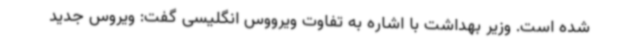
شده است. وزیر بهداشت با اشاره به تفاوت ویرووس انگلیسی گفت: ویروس جدید